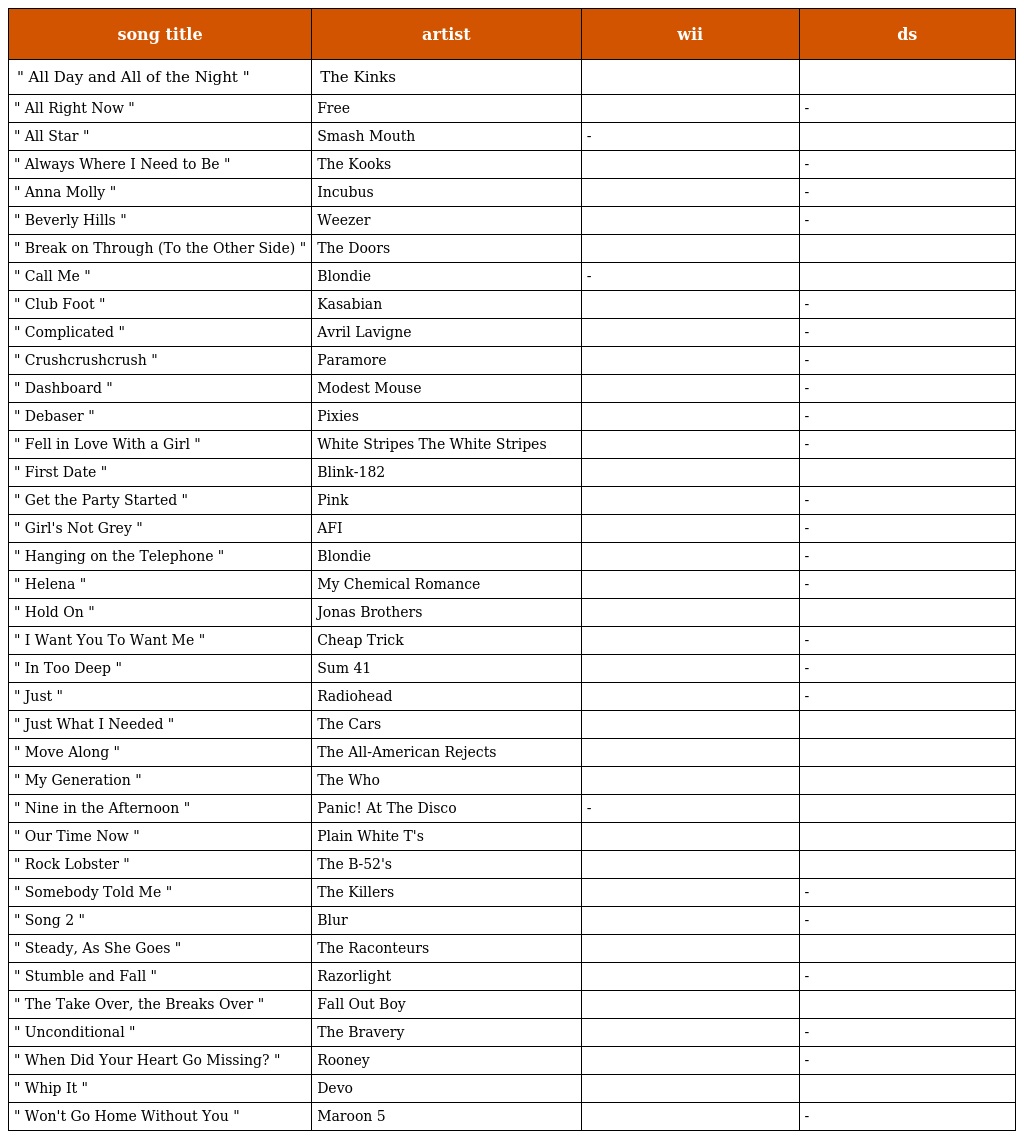
| song title | artist | wii | ds |
 | --- | --- | --- | --- |
 | " All Day and All of the Night " | The Kinks |  |  |
 | " All Right Now " | Free |  | - |
 | " All Star " | Smash Mouth | - |  |
 | " Always Where I Need to Be " | The Kooks |  | - |
 | " Anna Molly " | Incubus |  | - |
 | " Beverly Hills " | Weezer |  | - |
 | " Break on Through (To the Other Side) " | The Doors |  |  |
 | " Call Me " | Blondie | - |  |
 | " Club Foot " | Kasabian |  | - |
 | " Complicated " | Avril Lavigne |  | - |
 | " Crushcrushcrush " | Paramore |  | - |
 | " Dashboard " | Modest Mouse |  | - |
 | " Debaser " | Pixies |  | - |
 | " Fell in Love With a Girl " | White Stripes The White Stripes |  | - |
 | " First Date " | Blink-182 |  |  |
 | " Get the Party Started " | Pink |  | - |
 | " Girl's Not Grey " | AFI |  | - |
 | " Hanging on the Telephone " | Blondie |  | - |
 | " Helena " | My Chemical Romance |  | - |
 | " Hold On " | Jonas Brothers |  |  |
 | " I Want You To Want Me " | Cheap Trick |  | - |
 | " In Too Deep " | Sum 41 |  | - |
 | " Just " | Radiohead |  | - |
 | " Just What I Needed " | The Cars |  |  |
 | " Move Along " | The All-American Rejects |  |  |
 | " My Generation " | The Who |  |  |
 | " Nine in the Afternoon " | Panic! At The Disco | - |  |
 | " Our Time Now " | Plain White T's |  |  |
 | " Rock Lobster " | The B-52's |  |  |
 | " Somebody Told Me " | The Killers |  | - |
 | " Song 2 " | Blur |  | - |
 | " Steady, As She Goes " | The Raconteurs |  |  |
 | " Stumble and Fall " | Razorlight |  | - |
 | " The Take Over, the Breaks Over " | Fall Out Boy |  |  |
 | " Unconditional " | The Bravery |  | - |
 | " When Did Your Heart Go Missing? " | Rooney |  | - |
 | " Whip It " | Devo |  |  |
 | " Won't Go Home Without You " | Maroon 5 |  | - |